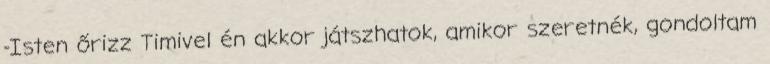
-Isten őrizz Timivel én akkor játszhatok, amikor szeretnék, gondoltam